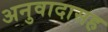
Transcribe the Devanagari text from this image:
अनुवादासह